Malaria in the Duars
Disease focus: Malaria
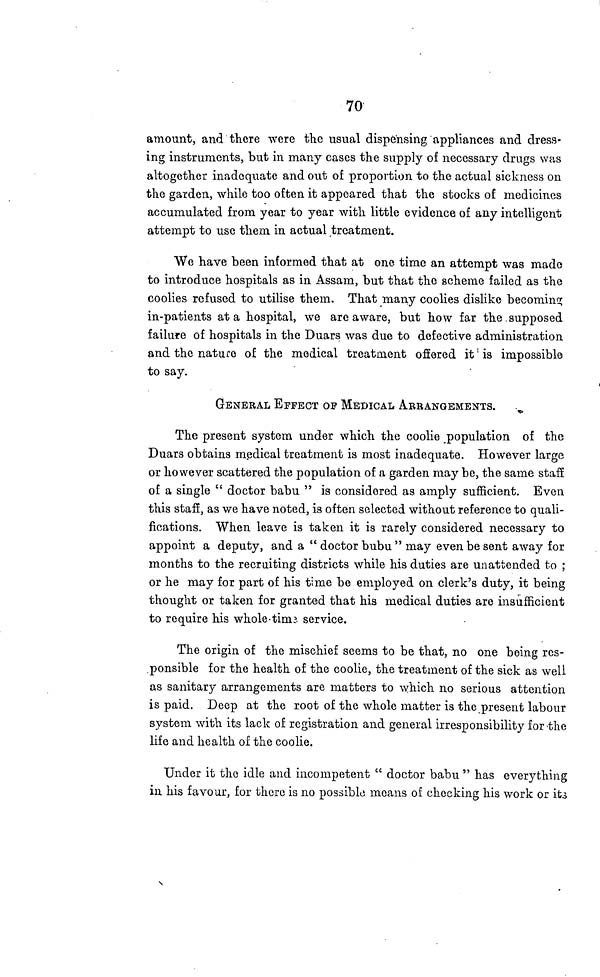
70
amount, and there were the usual dispensing appliances and dress-
ing instruments, but in many cases the supply of necessary drugs was
altogether inadequate and out of proportion to the actual sickness on
the garden, while too often it appeared that the stocks of medicines
accumulated from year to year with little evidence of any intelligent
attempt to use them in actual treatment.
We have been informed that at one time an attempt was made
to introduce hospitals as in Assam, but that the scheme failed as the
coolies refused to utilise them. That many coolies dislike becoming
in-patients at a hospital, we are aware, but how far the supposed
failure of hospitals in the Duars was due to defective administration
and the nature of the medical treatment offered it' is impossible
to say.
GENERAL EFFECT OF MEDICAL ARRANGEMENTS.
The present system under which the coolie population of the
Duars obtains medical treatment is most inadequate. However large
or however scattered the population of a garden may be, the same staff
of a single " doctor babu " is considered as amply sufficient. Even
this staff, as we have noted, is often selected without reference to quali-
fications. When leave is taken it is rarely considered necessary to
appoint a deputy, and a " doctor bubu " may even be sent away for
months to the recruiting districts while his duties are unattended to ;
or he may for part of his time be employed on clerk's duty, it being
thought or taken for granted that his medical duties are insufficient
to require his whole-time service.
The origin of the mischief seems to be that, no one being res-
ponsible for the health of the coolie, the treatment of the sick as well
as sanitary arrangements are matters to which no serious attention
is paid. Deep at the root of the whole matter is the present labour
system with its lack of registration and general irresponsibility for the
life and health of the coolie.
Under it the idle and incompetent " doctor babu " has everything
in his favour, for there is no possible means of checking his work or its